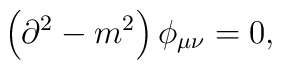
\left( \partial^2 - m^2 \right) \phi_{\mu\nu} = 0,